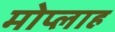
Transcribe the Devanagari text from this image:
मोप्लाह